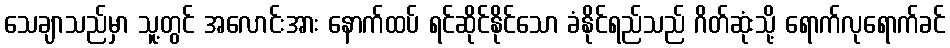
သေချာသည်မှာ သူ့တွင် အလောင်းအား နောက်ထပ် ရင်ဆိုင်နိုင်သော ခံနိုင်ရည်သည် ဂိတ်ဆုံးသို့ ရောက်လုရောက်ခင်